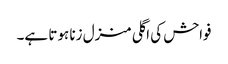
فواحش کی اگلی منزل زنا ہوتا ہے۔